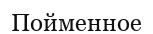
Пойменное